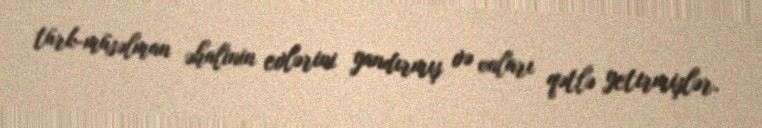
türk-müsəlman əhalinin evlərini yandırmış və onları qətlə yetirmişlər.